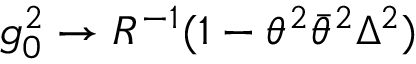
g _ { 0 } ^ { 2 } \rightarrow R ^ { - 1 } ( 1 - \theta ^ { 2 } \bar { \theta } ^ { 2 } \Delta ^ { 2 } )